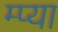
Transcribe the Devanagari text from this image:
म्प्या